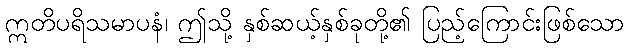
ဣတိပရိသမာပနံ၊ ဤသို့ နှစ်ဆယ့်နှစ်ခုတို့၏ ပြည့်ကြောင်းဖြစ်သော